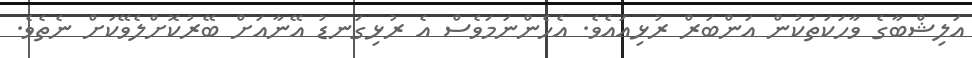
އަލިޝްބާގެ ވާހަކަތަކުން އަންބަރް ރުޅިއައެވެ. އެހެންނަމަވެސް އެ ރުޅިގަނޑު އޭނާއަށް ބޭރުކޮށްލެވޭކަށް ނެތެވެ.